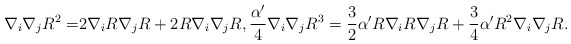
\begin{align*}\nabla_i\nabla_jR^2=&2\nabla_iR\nabla_jR+2R\nabla_i\nabla_jR,\frac{\alpha'}{4}\nabla_i\nabla_jR^3=\frac{3}{2}\alpha'R\nabla_iR\nabla_jR+\frac{3}{4}\alpha'R^2\nabla_i\nabla_jR.\end{align*}